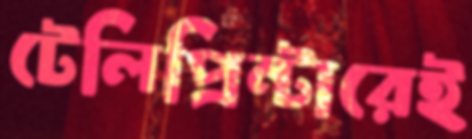
টেলিপ্রিন্টারেই